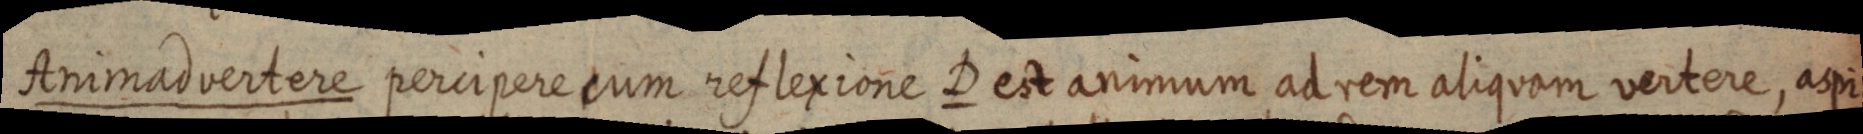
Animadvertere percipere cum reflexione D est animum ad rem aliquam vertere, aspi